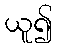
ယူ၍